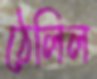
ঠেলিল